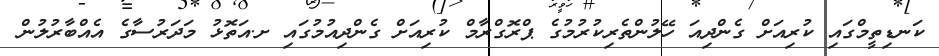
ކަނޑިތީމްގައި ކުރިއަށް ގެންދިއަ ހޭލުންތެރިކުރުމުގެ ޕްރޮގްރާމް ކުރިއަށް ގެންދިއުމުގައި ށ.އަތޮޅު މަދަރުސާގެ އެއްބާރުލުން